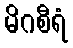
မိဂစီရံ